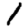
Digit: 1